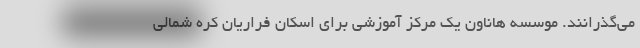
می‌گذرانند. موسسه هاناون یک مرکز آموزشی برای اسکان فراریان کره شمالی